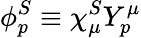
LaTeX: \phi_{p}^{S}\equiv\chi_{\mu}^{S}Y_{p}^{\mu}